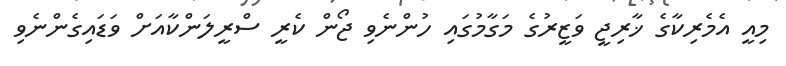
މިއީ އެމެރިކާގެ ޚާރިޖީ ވަޒީރުގެ މަގާމުގައި ހުންނެވި ޖޯން ކެރީ ސްރީލަންކާއަށް ވަޑައިގެންނެވި